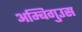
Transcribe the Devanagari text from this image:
अम्बिगुउस